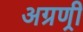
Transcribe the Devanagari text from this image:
अग्रण्री